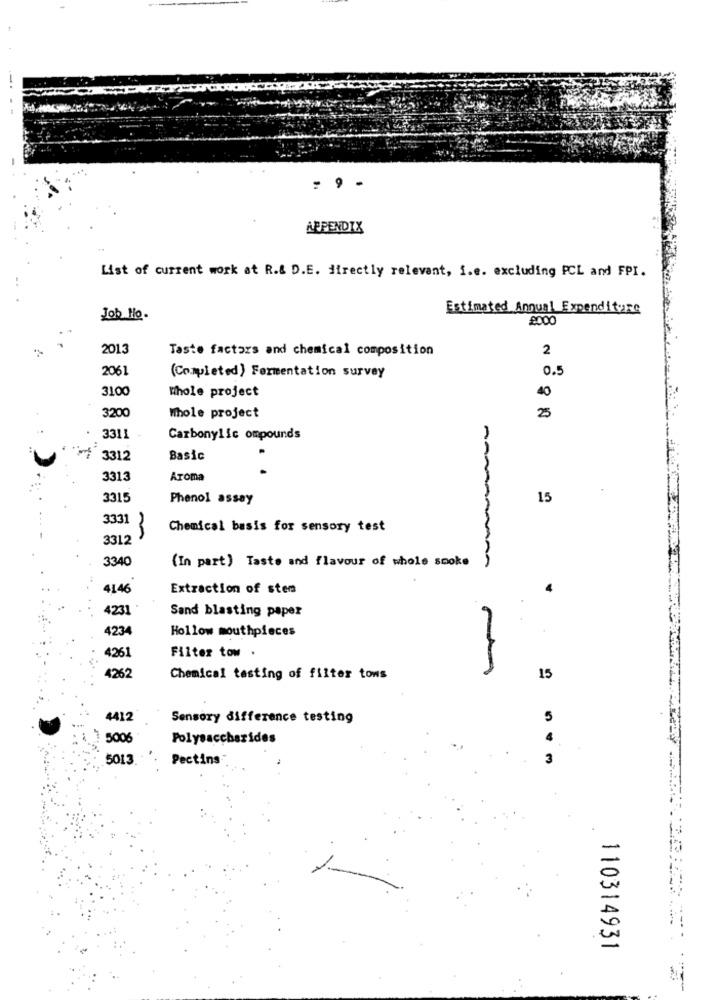
. 9 -
APPENDIX
List of current work at R.& D.E. directly relevant, i.e. excluding PCL and FPI.
Estimated Annual Expenditure
Job No.
8000
2013
Taste factors and chemical composition
2
2061
0.5
(Completed) Fermentation survey
3100
Whole project
40
3200
Whole project
25
3311
Carbonylic ompounds
3312
Basic
3313
Aroma
3315
Phenol assay
15
3331
Chemical basis for sensory test
3312
3340
(In part) Taste and flavour of whole smoke
4146
Extraction of ster
4
4231
Sand blasting paper
4234
Hollow mouthpieces
4261
Filter tow .
4262
Chemical testing of filter tows
15
4412
Sensory difference testing
5006
Polysaccharides
5013
Pectins
...
110314931